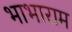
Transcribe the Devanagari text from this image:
भाभाराम